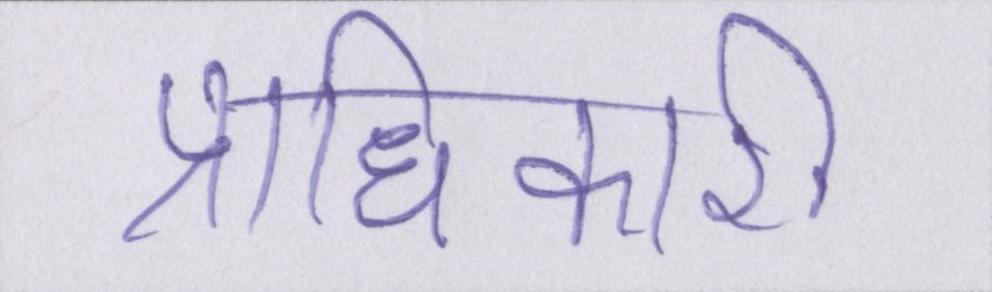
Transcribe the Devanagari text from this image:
प्राधिकारी